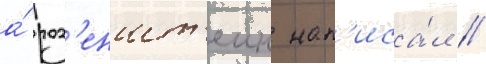
а́ роз'еншт'еин нап'иса́л /